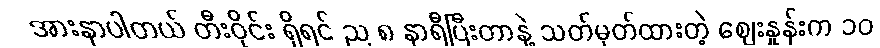
အားနာပါတယ် တီးဝိုင်း ရှိရင် ည ၈ နာရီပြီးတာနဲ့ သတ်မှတ်ထားတဲ့ ဈေးနှုန်းက ၁၀